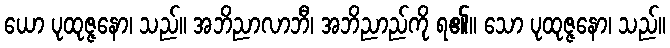
ယော ပုထုဇ္ဇနော၊ သည်။ အဘိညာလာဘီ၊ အဘိညာည်ကို ရ၏။ သော ပုထုဇ္ဇနော၊ သည်။